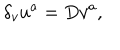
LaTeX: \delta _ { v } u ^ { a } = D v ^ { a } ,